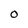
Character: o